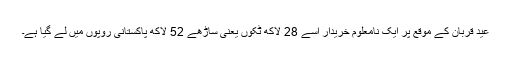
عید قربان کے موقع پر ایک نامعلوم خریدار اسے 28 لاکھ ٹکوں یعنی ساڑھے 52 لاکھ پاکستانی روپوں میں لے گیا ہے۔